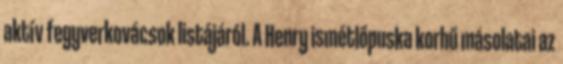
aktív fegyverkovácsok listájáról. A Henry ismétlőpuska korhű másolatai az